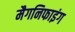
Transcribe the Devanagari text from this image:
मैगनिफाइंग